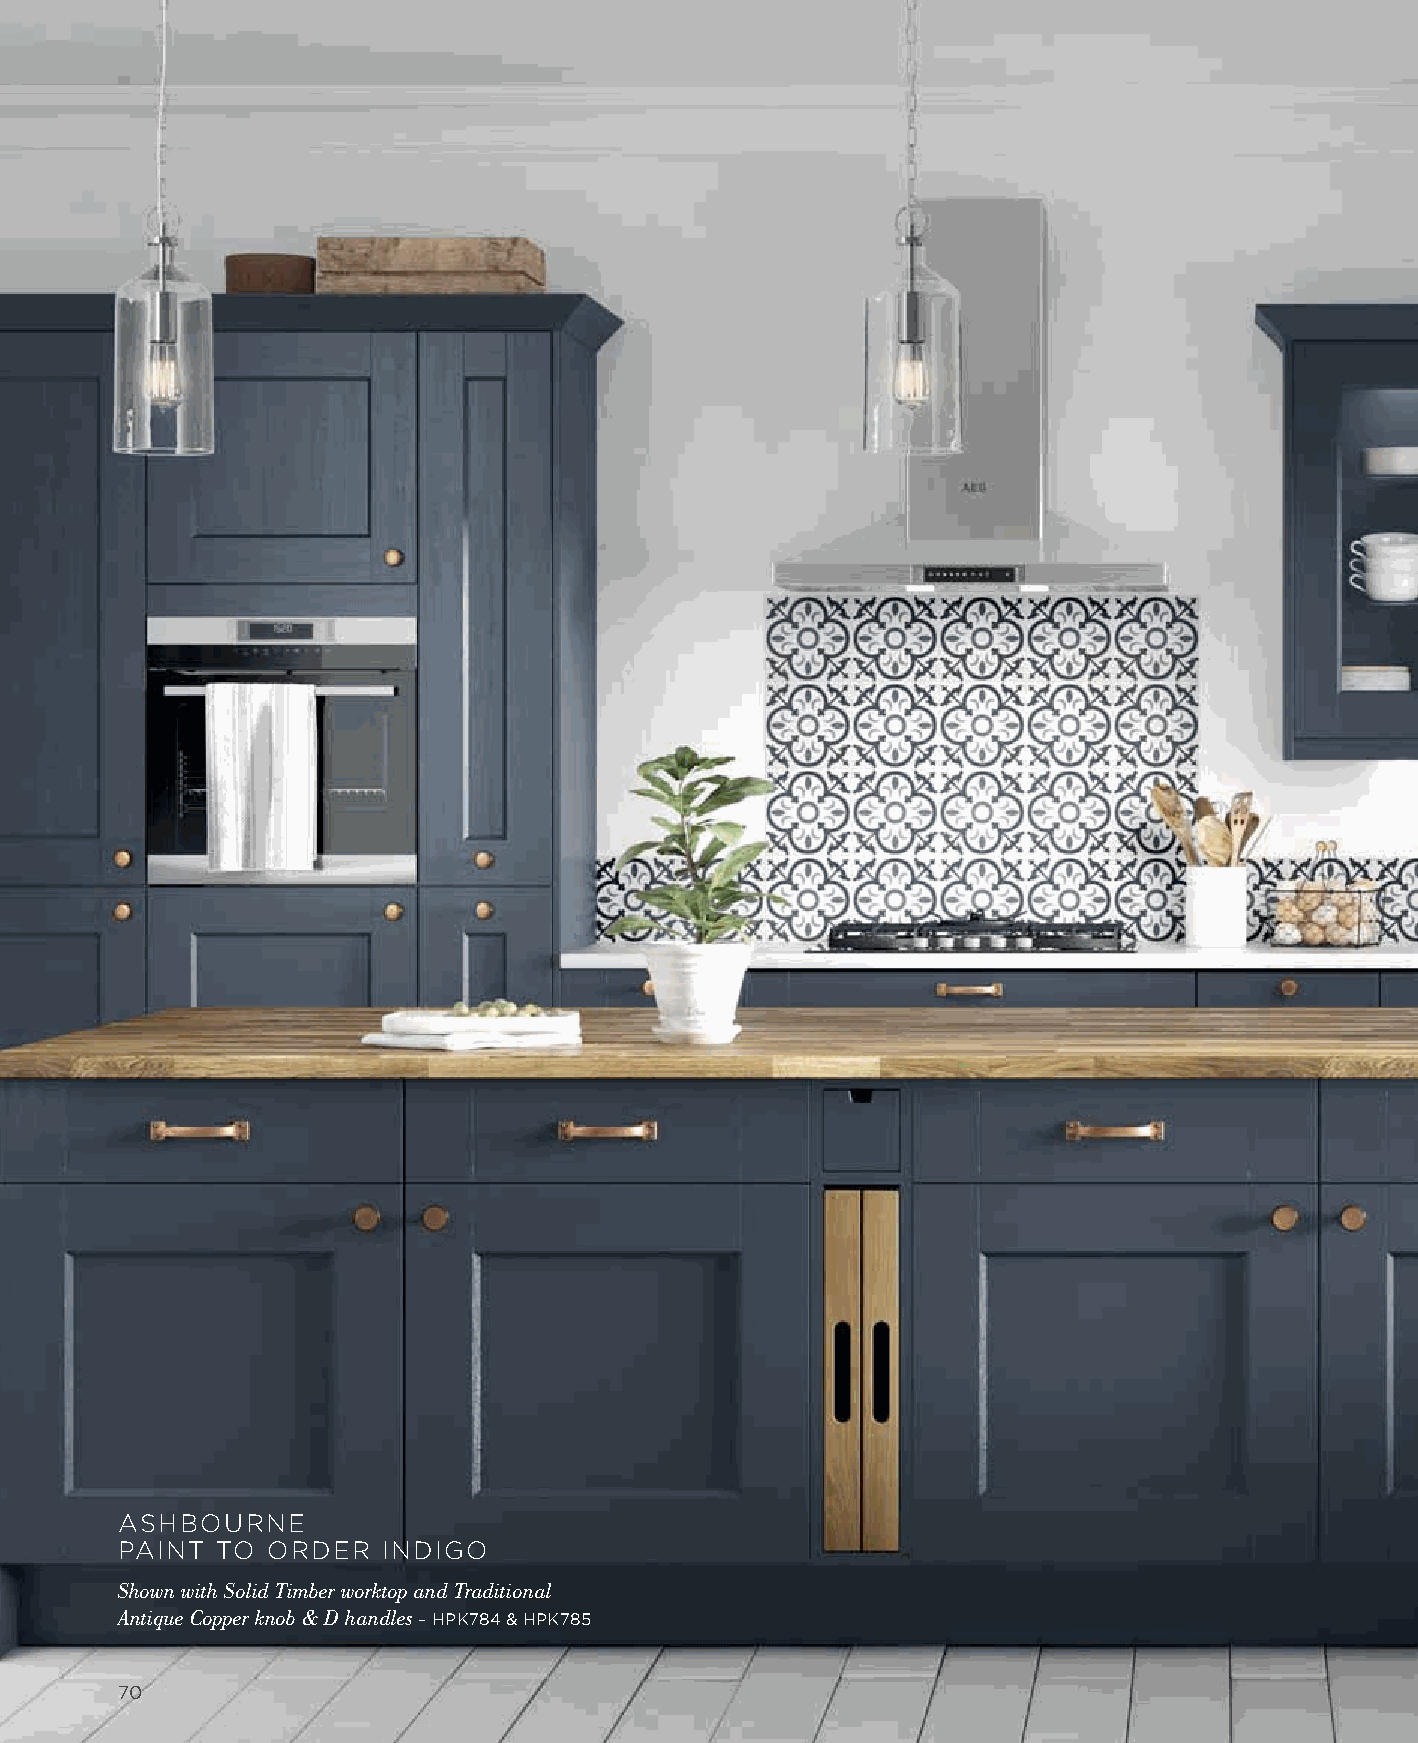
ASHBOURNE
 PAINT TO  ORDER  INDIGO
 Shown with Solid Timber worktop and Traditional
 Antique Copper knob & D handles - HPK784 & HPK785
 7700